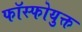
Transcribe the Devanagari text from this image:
फॉस्फोयुक्त